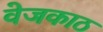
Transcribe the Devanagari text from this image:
वेजकाठ